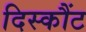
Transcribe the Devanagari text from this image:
दिस्कौंट